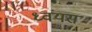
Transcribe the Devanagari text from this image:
ध्वंयस